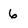
Character: 6